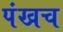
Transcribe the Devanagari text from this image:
पंखच